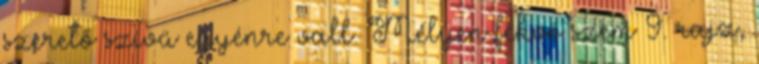
szerető szívű egyénre vall. Mélyen fekvő szem 9. rajz,